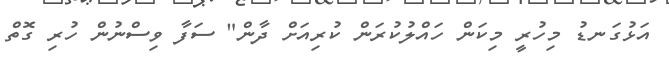
އަޅުގަނޑު މިހުރީ މިކަން ހައްލުކުރަން ކުރިއަށް ދާން" ސަފާ ވިސްނުން ހުރި ގޮތް